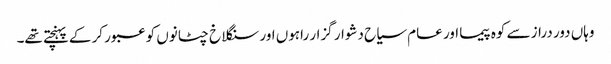
وہاں دور دراز سے کوہ پیما اور عام سیاح دشوار گزار راہوں اور سنگلاخ چٹانوں کو عبور کر کے پہنچتے تھے۔